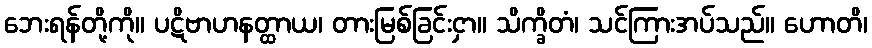
ဘေးရန်တို့ကို။ ပဋိဗာဟနတ္ထာယ၊ တားမြစ်ခြင်းငှာ။ သိက္ခိတံ၊ သင်ကြားအပ်သည်။ ဟောတိ၊